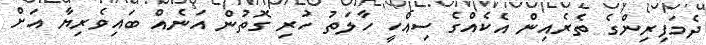
ދެމަފިރިންގެ ތެރެއިން އެކެއްގެ ސިއްހީ ހާލަތު ހުރި ގޮތުން އަނެއް ބައިވެރިޔާ އަށް